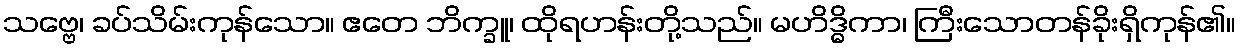
သဗ္ဗေ၊ ခပ်သိမ်းကုန်သော။ ဧတေ ဘိက္ခူ၊ ထိုရဟန်းတို့သည်။ မဟိဒ္ဓိကာ၊ ကြီးသောတန်ခိုးရှိကုန်၏။